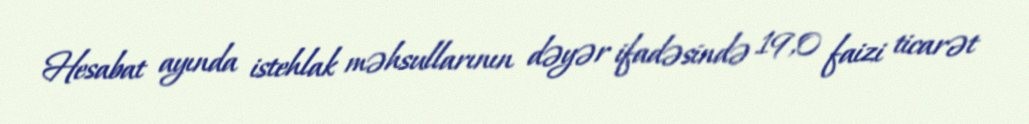
Hesabat ayında istehlak məhsullarının dəyər ifadəsində 19,0 faizi ticarət